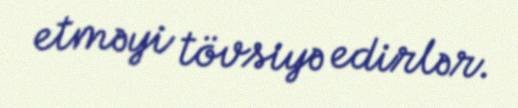
etməyi tövsiyə edirlər.